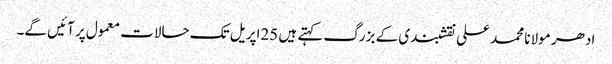
ادھر مولانا محمد علی نقشبندی کے بزرگ کہتے ہیں 25اپریل تک حالات معمول پر آئیں گے۔